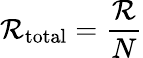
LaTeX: \mathcal{R}_{\mathrm{{total}}}={\frac{{\mathcal{R}}}{{N}}}